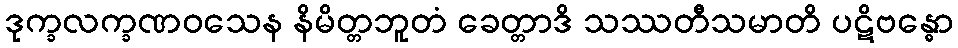
ဒုက္ခလက္ခဏဝသေန နိမိတ္တဘူတံ ခေတ္တာဒိ သဿတီသမာတိ ပဋိဗန္ဓော